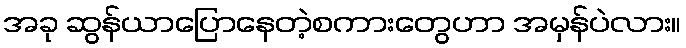
အခု ဆွန်ယာပြောနေတဲ့စကားတွေဟာ အမှန်ပဲလား။